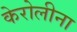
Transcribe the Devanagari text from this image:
केरोलीना